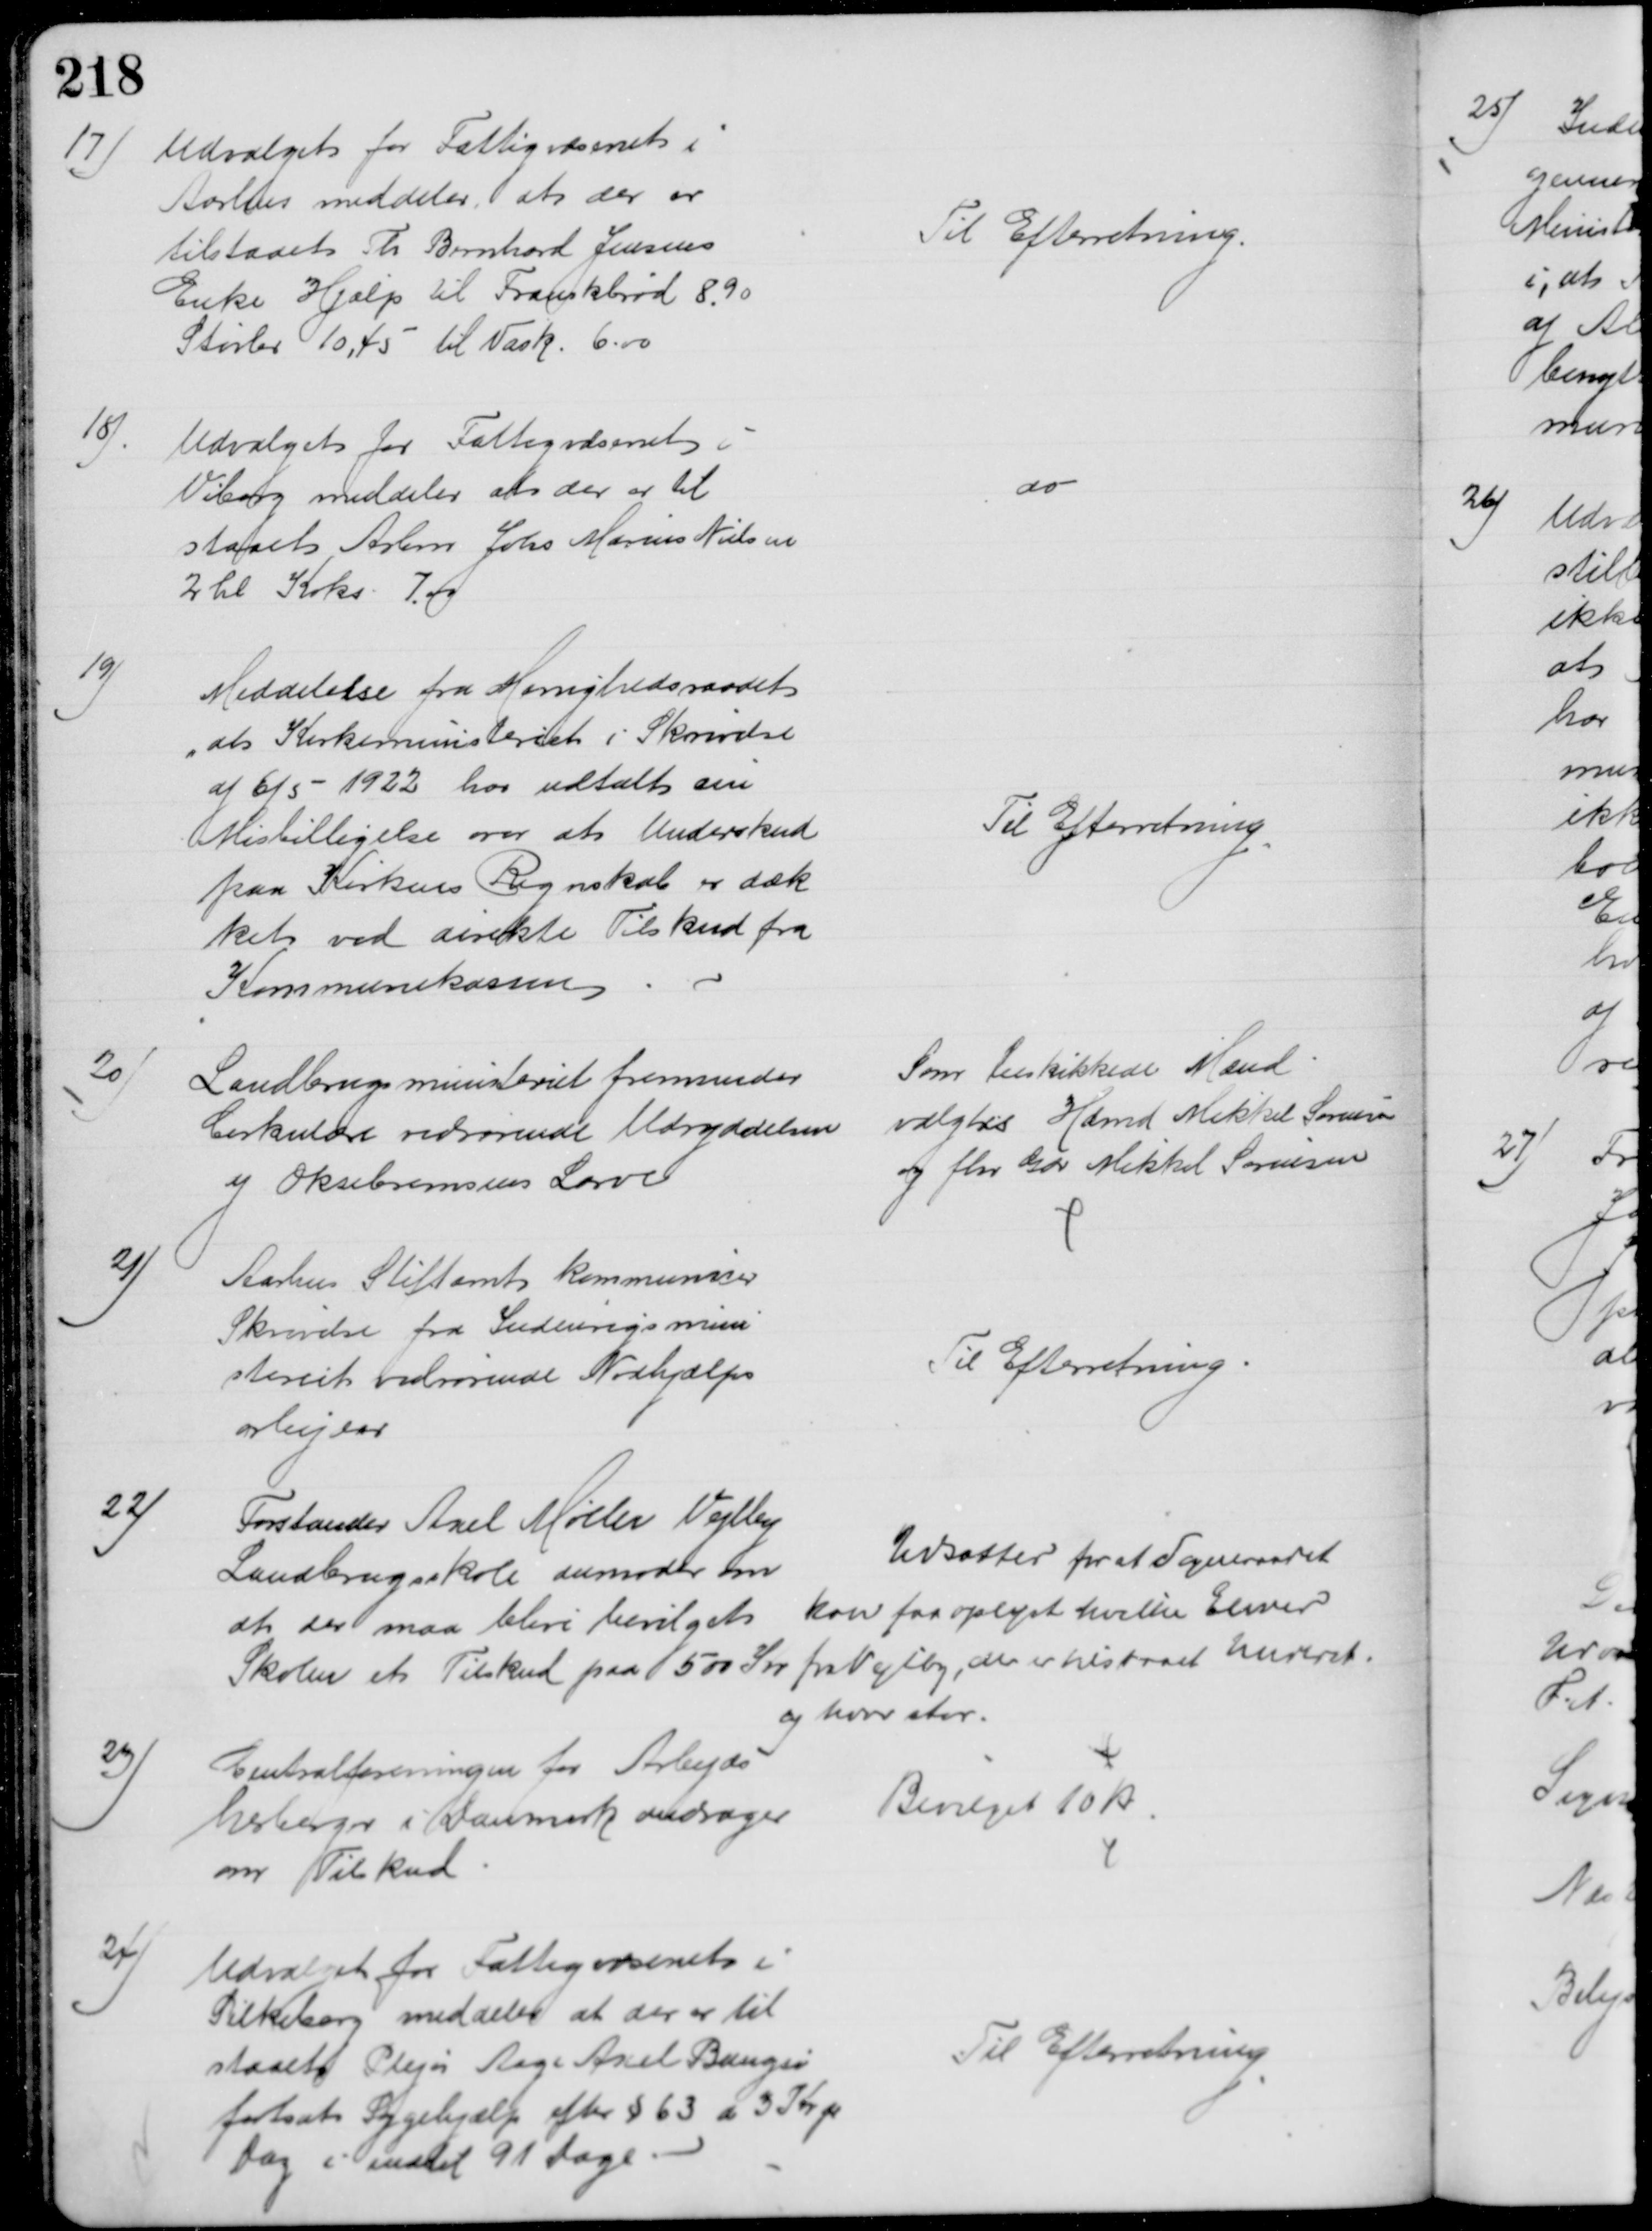
Transskription:
17)
Udvalget for Fattigvæsenet i
Aarhus meddeler, at der er 
tilstaaet Th Bernhard Jensens
Enke Hjælp til Frankbrød 8,90
Støvler 10,45 til Vask. 6.00
Til Efterretning.
18)
Udvalget for Fattigvæsenet i
Viborg meddeler, at der er til 
staaet Arbm Johs Marius Nielsen
2 hl Koks 7.00
do
19)
Meddelelse fra Menighedsraadet
at Kirkeministeriet i Skrivelse
af 6/5 1922 har udtalt sin
Misbilligelse over at Underskud
paa Kirkens Regnskab er dæk
ket ved direkte Tilskud fra 
Kommunekassen
Til Efterretning
20)
Landbrugsministeriet fremsender
Cirkulære vedrørende Udryddelsen
af Oksebremsens Larve
Som beskikkede Mænd
valgtes Hdmd Mikkel Sørensen
og fhv Gdr Mikkel Sørensen
21)
Aarhus Stiftamt kommunicer
Skrivelse fra Indenrigsmini
steriet vedrørende Nødhjælps
arbejder
Til Efterretning
22)
Forstander Axel Møller Vejlby
Landbrugsskole anmoder om
at der maa blive bevilget
Skolen et Tilskud paa 500 Kr 
Udsætter for at Sogneraadet
kan faa oplyst hvilke Elever
fra Vejlby, der er tilstaaet Underst.
og hvor stor.
23)
Centralforeningen for Arbejds
herberger i Danmark andrager
om Tilskud
Bevilget 10 Kr
24)
Udvalget for Fattigvæsenet i
Silkeborg meddeler at der er til
staaet Plejer Aage Axel Bangsø
fortsat Sygehjælp efter § 63 á 3 Kr pr
Dag i indtil 91 Dage
Til Efterretning